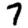
Digit: 7